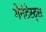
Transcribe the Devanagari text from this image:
गेनेटेस्ट्स